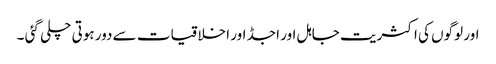
اور لوگوں کی اکثریت جاہل اور اجڈ اور اخلاقیات سے دور ہوتی چلی گئی ۔